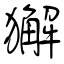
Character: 獬